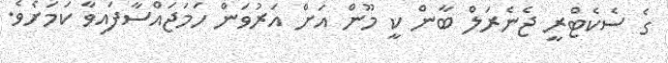
ގެ ސެކެޓްރީ ޖެނެރަލް ބާން ކީ މޫން އަށް އަރުވަން ހަމަޖައްސާފައިވާ ކަމަށެވެ.